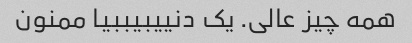
همه چیز عالی. یک دنییبیببیا ممنون